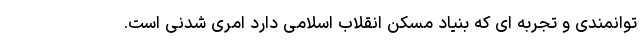
توانمندی و تجربه ای که بنیاد مسکن انقلاب اسلامی دارد امری شدنی است.